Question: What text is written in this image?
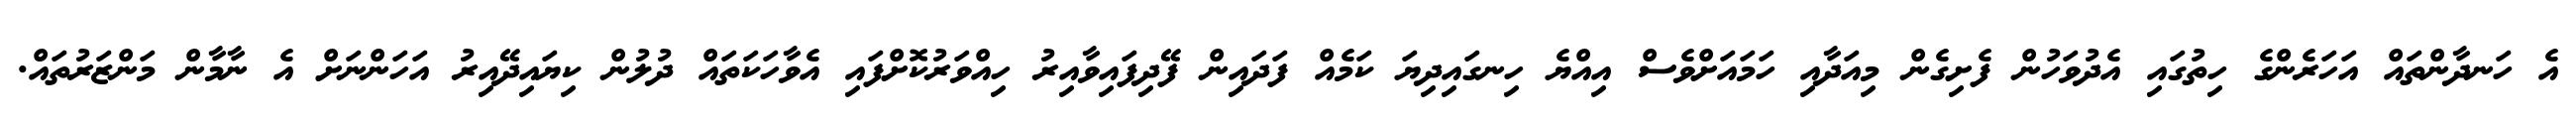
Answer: އެ ހަނދާންތައް އަހަރެންގެ ހިތުގައި އެދުވަހުން ފެށިގެން މިއަދާއި ހަމައަށްވެސް އިއްޔެ ހިނގައިދިޔަ ކަމެއް ފަދައިން ފޭދިފައިވާއިރު ހިއްވަރުކޮށްފައި އެވާހަކަތައް ދުލުން ކިޔައިދޭއިރު އަހަންނަށް އެ ނާމާން މަންޒަރުތައް.